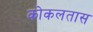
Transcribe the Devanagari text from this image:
कोकलतास